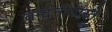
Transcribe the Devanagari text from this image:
वन्दनीयास्ते